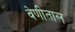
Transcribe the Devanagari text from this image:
वेणीताल